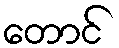
တောင်